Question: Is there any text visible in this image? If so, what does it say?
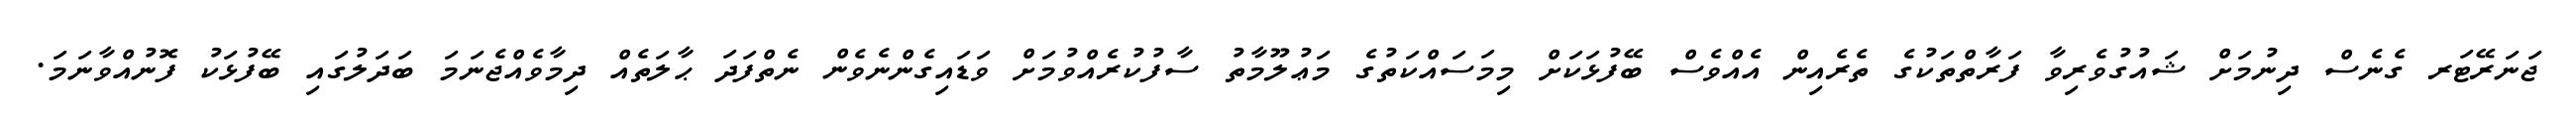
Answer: ޖަނަރޭޓަރ ގެނެސް ދިނުމަށް ޝައުގުވެރިވާ ފަރާތްތަކުގެ ތެރެއިން އެއްވެސް ބޭފުޅަކަށް މިމަސައްކަތުގެ މަޢުލޫމާތު ސާފުކުރެއްވުމަށް ވަޑައިގެންނެވެން ނެތްފަދަ ޙާލަތެއް ދިމާވެއްޖެނަމަ ބަދަލުގައި ބޭފުޅަކު ފޮނުއްވާނަމަ.